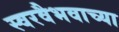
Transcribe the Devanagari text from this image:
स्वरवैभवाच्या